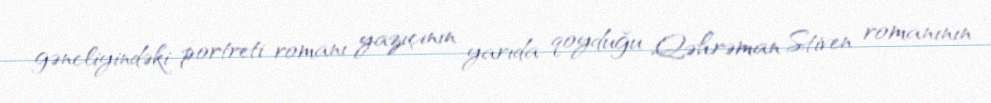
gəncliyindəki portreti romanı yazıçının yarıda qoyduğu Qəhrəman Stiven romanının